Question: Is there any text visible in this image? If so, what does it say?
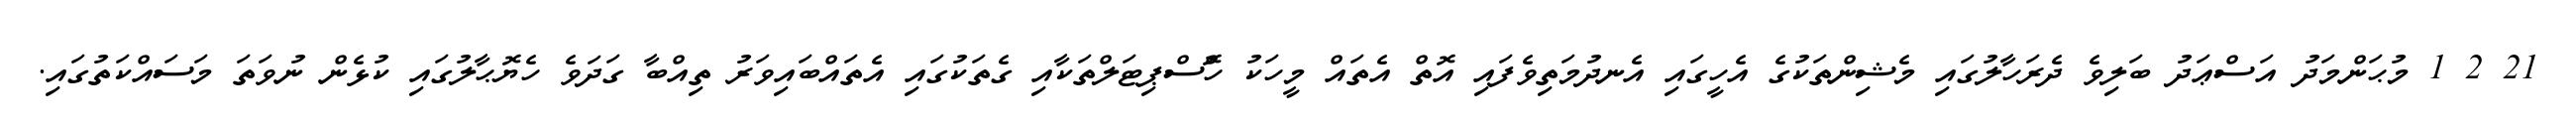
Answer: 21 2 1 މުޙަންމަދު އަސްޢަދު ބަލިވެ ދެރަހާލުގައި މެޝިންތަކުގެ އެހީގައި އެނދުމަތިވެފައި އޮތް އެތައް މީހަކު ހޮްސްޕިޓަލްތަކާއި ގެތަކުގައި އެތައްބައިވަރު ތިއްބާ ގަދަވެ ހެޔޮޙާލުގައި ކުޅެން ނުވަތަ މަސައްކަތުގައި.